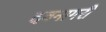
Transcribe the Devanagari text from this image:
दवनागरी